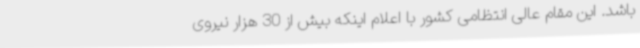
باشد. این مقام عالی انتظامی کشور با اعلام اینکه بیش از 30 هزار نیروی